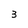
Character: 3